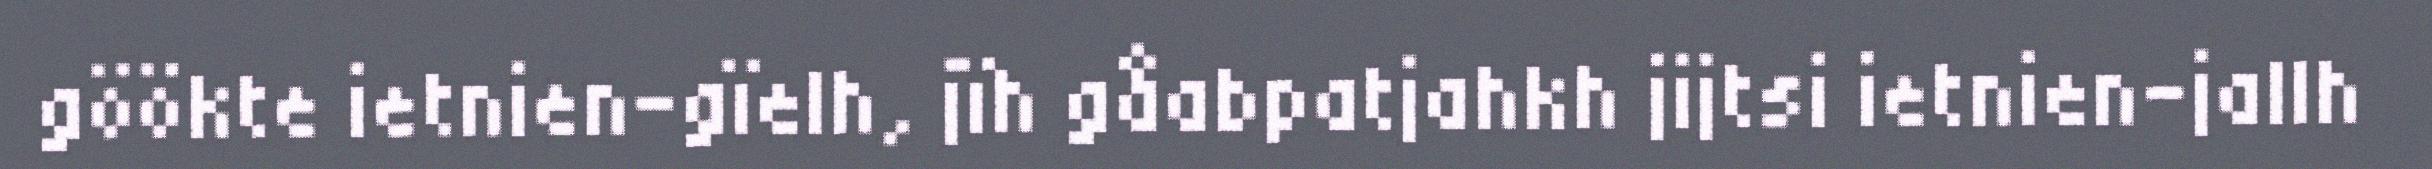
göökte ietnien-gïelh, jïh gåabpatjahkh jijtsi ietnien-jallh